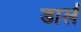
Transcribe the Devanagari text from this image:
डार्ल